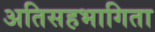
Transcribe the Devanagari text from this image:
अतिसहभागिता